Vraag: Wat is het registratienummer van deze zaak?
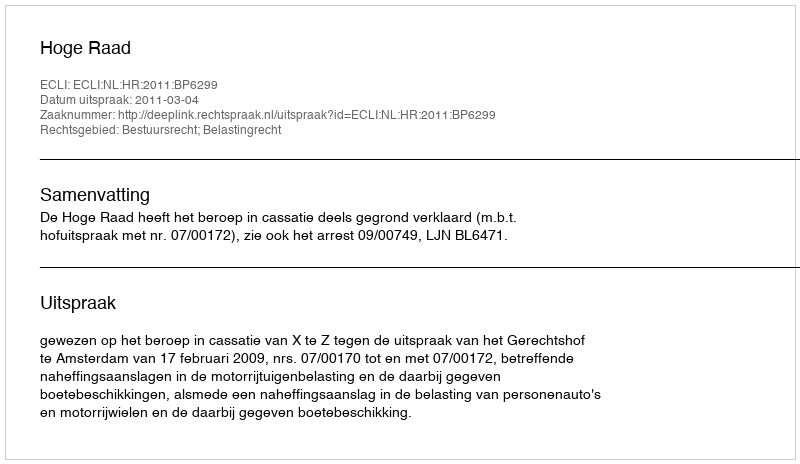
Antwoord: http://deeplink.rechtspraak.nl/uitspraak?id=ECLI:NL:HR:2011:BP6299